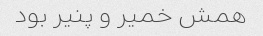
همش خمیر و پنیر بود